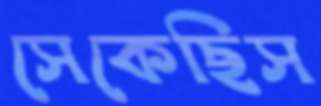
সেকেছিস